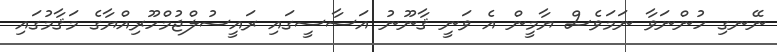
ނޭނގި ހުންނަވާ ނަމަވެސް ޔާމީން އެ ވަނީ ޤާނޫނު އަސާސީގައި ރައީސުލްޖުމްހޫރިއްޔާގެ މަޤާމުގައި